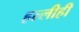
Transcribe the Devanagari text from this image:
हल्लीही